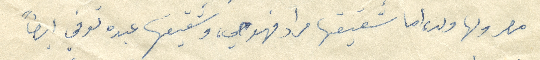
مصر ولها ولد، اما شقيقها مراد فهو حي، وشقيقها عبده توفي ايضًا